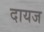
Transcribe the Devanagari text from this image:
दायज